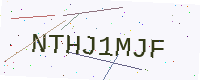
Text: NTHJ1MJF